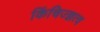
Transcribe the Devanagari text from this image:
किंचिज्ज्ञत्व